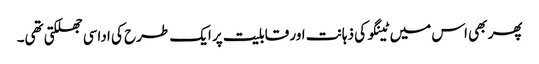
پھر بھی اس میں ٹینگو کی ذہانت اور قابلیت پر ایک طرح کی اداسی جھلکتی تھی۔